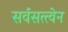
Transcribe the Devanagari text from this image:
सर्वसत्त्वेन